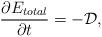
LaTeX: \begin{align*} \frac{\partial E_{total}}{\partial t} = -\mathcal{D},\end{align*}